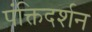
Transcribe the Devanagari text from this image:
पंक्तिदर्शन